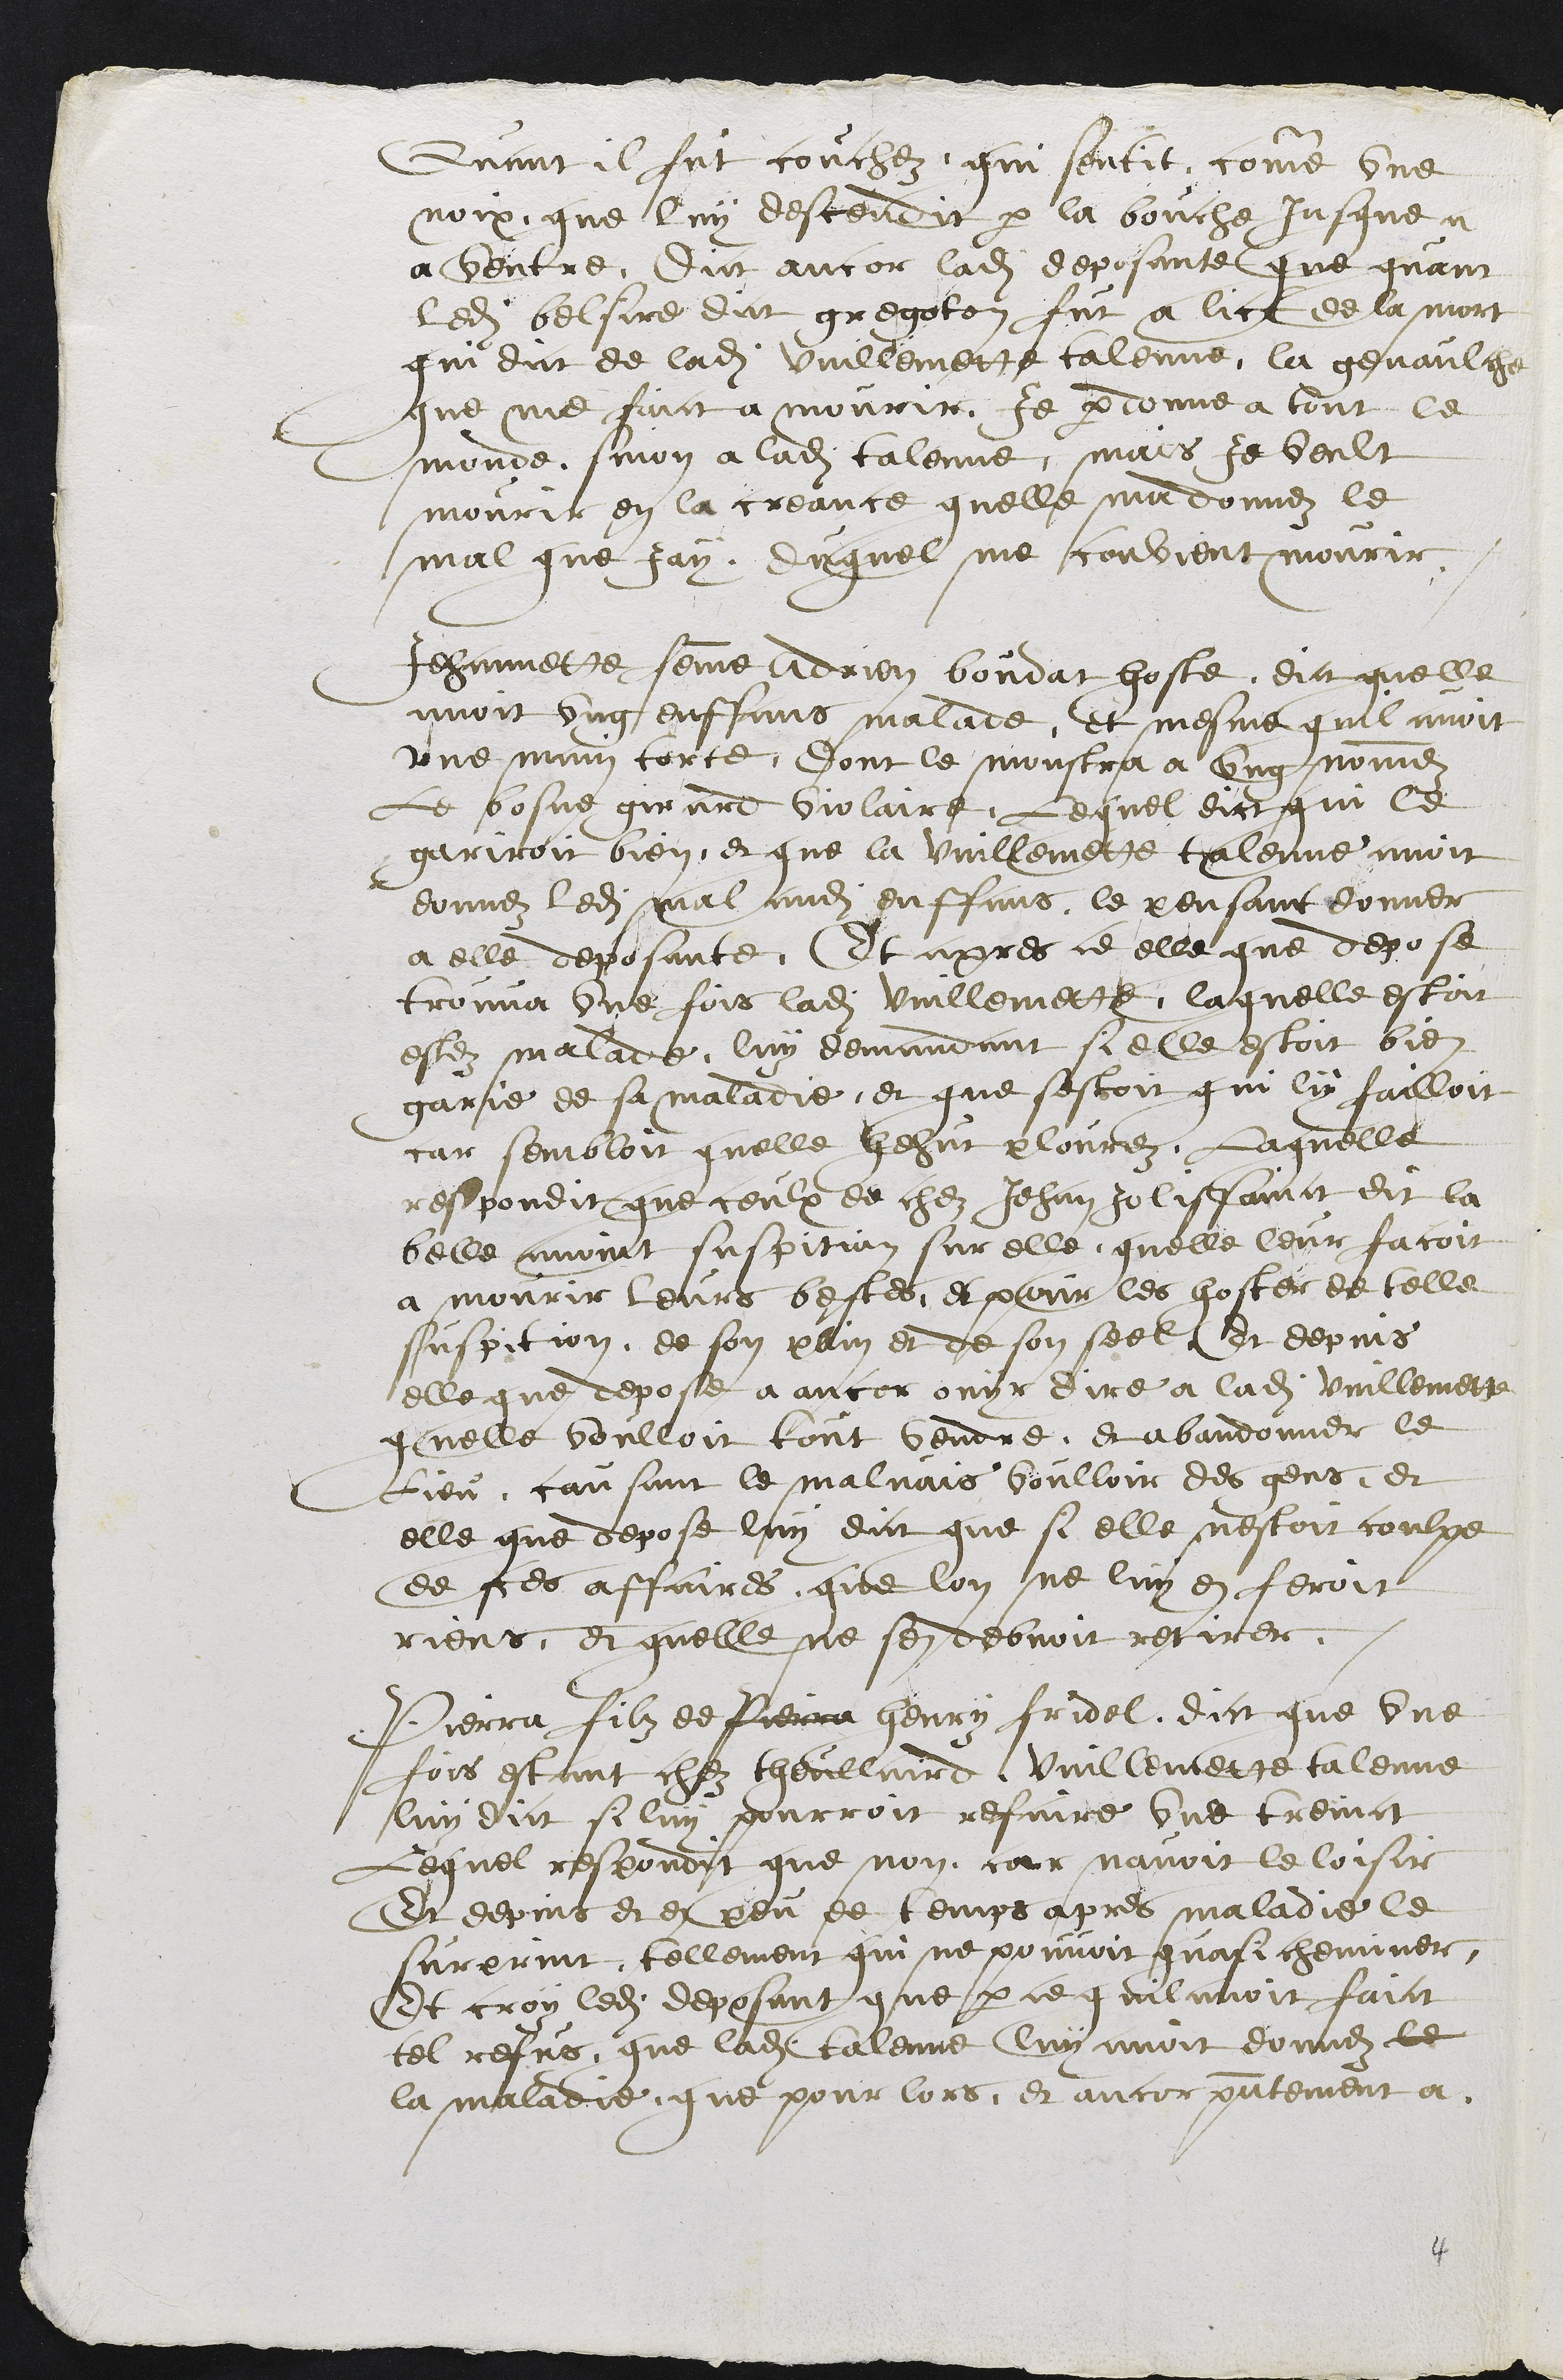
Quant il fut couchez, qui sentit, comme une
noix que luy descendit par la bouche jusque a
a ventre, Dict ancor ladite deposante que quant
ledit belsire dict gregoton fut a lict de la mort
qui dict de ladite Vuillemette talenne la genaulche
que me faict a mourir, Je pardonne a tout le
monde sinon a ladite Talonne, mais je veult
mourir en la creance quelle ma donnez le
mal que Jay, duquel me convient mourir.
Jehannette femme Adrien Boudat hoste, dict quelle
avoit ung enffans malade, et mesme quil avoit
une main torte, dont le monstra a ung nommez
Le bosue girard violaire, Lequel dict qui le
gariroit bien, et que la vuillemette talenne avoit
donnez ledit mal audit enffans le pensant donner
a elle deposante, Et apres ce elle que depose
trouva une fois ladite vuillemette, laquelle estoit
estei malade, luy demandant si elle estoit bien
garie de sa maladie, et que sestoit qui luy failloit
car sembloit quelle hehut plourez, Laquelle
respondit que ceulx de chez Jehan Jolissainct dit la
belle avoient suspition sur elle quelle leur facoit
a mourir leurs bestes et pour les hoster de telle
suspition de son pain et de son seel et depuis
elle que depose a ancor ouyr dire a ladite Vuillemette
quelle voulloit tout vendre et abandonner le
lieu, causant le malvais voulloir des gens, et
elle que depose luy dict que si elle nestoit coulpe
de ces affaires que lon ne luy en feroit
riens, et quelle ne sen debvoit retirer.
Pierra filz de Pierra Henry Fridel dict que une
fois estant chez Theullaire Vuillemette talenne
luy dict si luy pourroit refaire une treinct
Lequel respondit que non car navoit le loisir
Et depuis et et peu de temps apres maladie le
surprint tellement qui ne pouvoit quasi cheminer
Et croy ledit deposant que par ce quil avoit faict
tel refus que ladite Talenne luy avoit donnez le
la maladie que pour lors, et encor presentement a